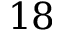
1 8